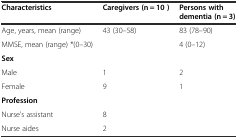
| Characteristics | Caregivers (n = 10 ) | Persons with dementia (n = 3) |
 | --- | --- | --- |
 | Age, years, mean (range) | 43 (30–58) | 83 (78–90) |
 | MMSE, mean (range) *(0–30) |  | 4 (0–12) |
 | Sex |  |  |
 | Male | 1 | 2 |
 | Female | 9 | 1 |
 | Profession |  |  |
 | Nurse’s assistant | 8 |  |
 | Nurse aides | 2 |  |